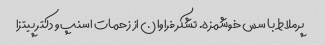
پرملاط با سس خوشمزه. تشکر فراوان از زحمات اسنپ و دکتر پیتزا